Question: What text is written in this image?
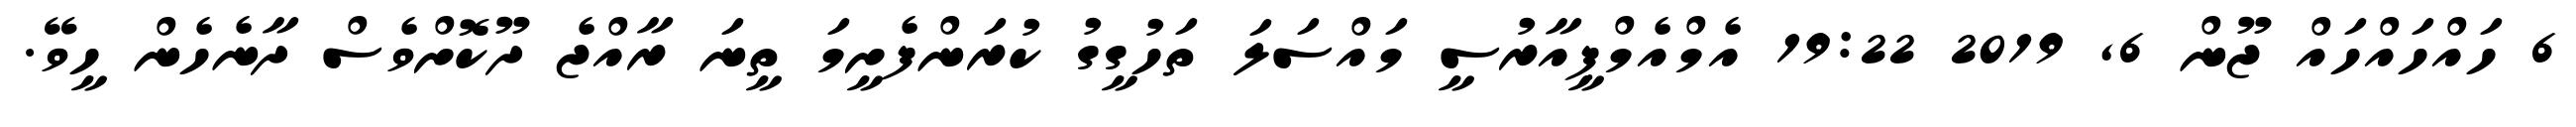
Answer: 6 ހައްހައްހައް ޖޫން 6, 2019 19:22 އެމްއެމްޕީއާރުސީ މައްސަލަ ތަހުގީގު ކުރަންފެށީމަ ތީނަ ރާއްޖެ ދޫކޮށްވެސް ދާނެހެން ހީވޭ.